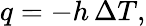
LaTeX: q=-h\, \Delta T,